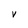
Character: V